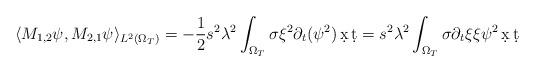
LaTeX: \begin{align*}\langle M_{1,2}\psi, M_{2,1}\psi\rangle_{L^2(\Omega_T)} &=-\frac{1}{2} s^2 \lambda^2 \int_{\Omega_T} \sigma \xi^2 \partial_t (\psi^2) \,\d x\,\d t = s^2 \lambda^2 \int_{\Omega_T} \sigma \partial_t \xi \xi \psi^2 \,\d x\,\d t\end{align*}